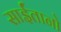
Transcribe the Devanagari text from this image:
साईंतानो